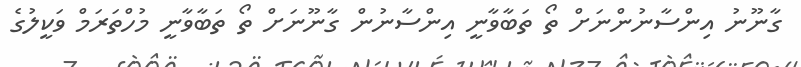
ގާނޫނު އިންސާނުންނަށް ތޯ ތަބާވާނީ އިންސާނުން ގާނޫނަށް ތޯ ތަބާވާނީ މުހްތަރަމް ވަކީލުގެ